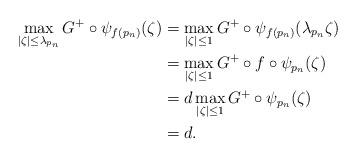
LaTeX: \begin{align*}\max_{|\zeta|\leq \lambda_{p_n}}G^+\circ\psi_{f(p_n)}(\zeta)&=\max_{|\zeta|\leq 1}G^+\circ\psi_{f(p_n)}(\lambda_{p_n}\zeta)\\&=\max_{|\zeta|\leq 1}G^+\circ f\circ\psi_{p_n}(\zeta)\\&=d\max_{|\zeta|\leq 1}G^+\circ\psi_{p_n}(\zeta)\\&=d.\end{align*}